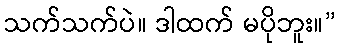
သက်သက်ပဲ။ ဒါထက် မပိုဘူး။”